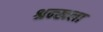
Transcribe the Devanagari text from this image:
श्रन्खला